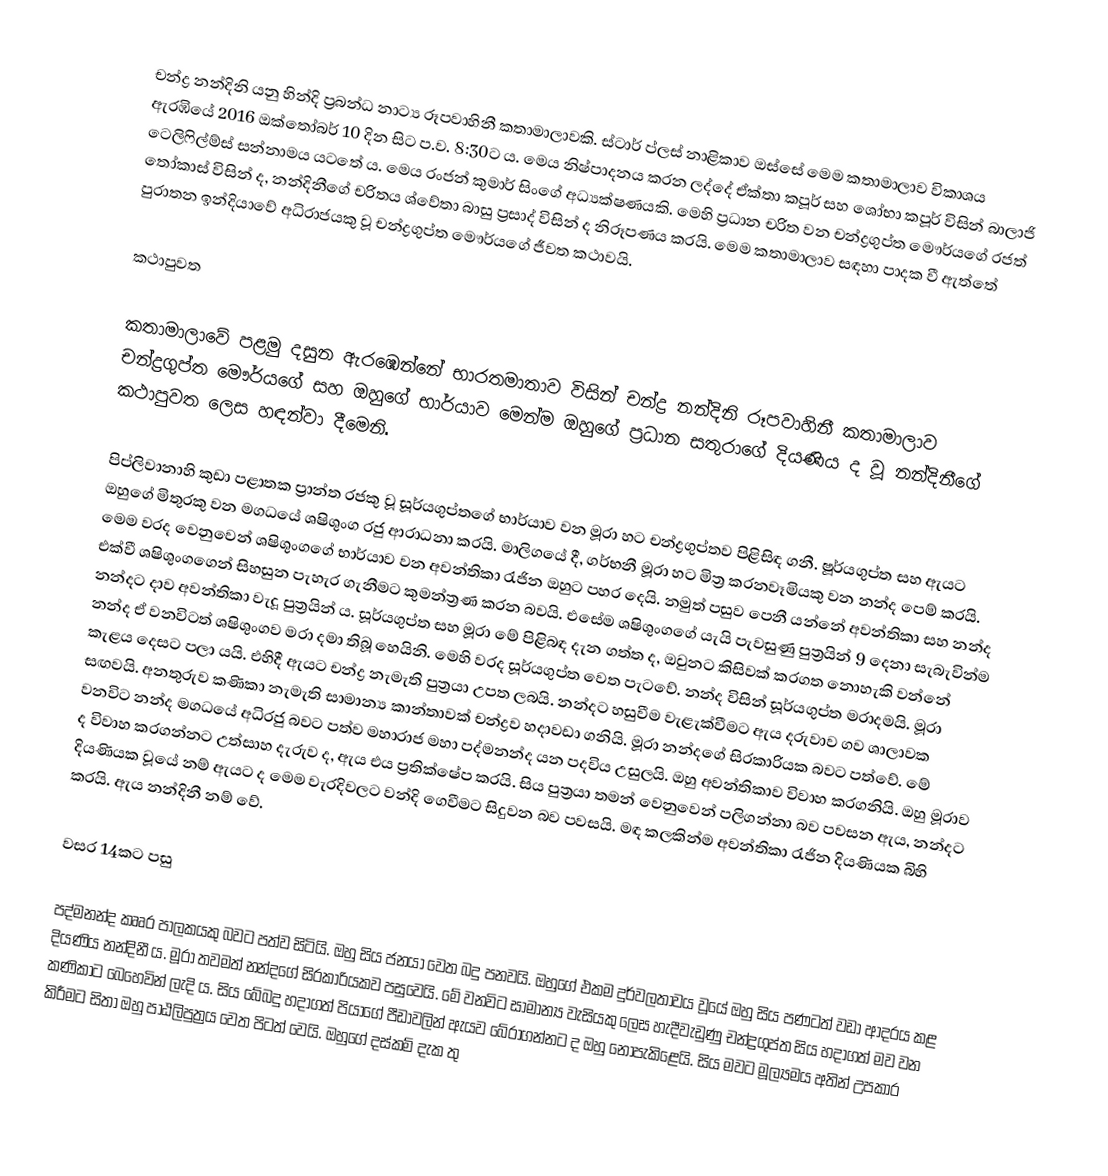
චන්ද්‍ර නන්දිනි යනු හින්දි ප්‍රබන්ධ නාට්‍ය රූපවාහිනී කතාමාලාවකි. ස්ටාර් ප්ලස් නාළිකාව ඔස්සේ මෙම කතාමාලාව විකාශය ඇරඹියේ 2016 ඔක්තෝබර් 10 දින සිට ප.ව. 8:30ට ය. මෙය නිෂ්පාදනය කරන ලද්දේ ඒක්තා කපූර් සහ ශෝභා කපූර් විසින් බාලාජි ටෙලිෆිල්ම්ස් සන්නාමය යටතේ ය. මෙය රංජන් කුමාර් සිංගේ අධ්‍යක්ෂණයකි. මෙහි ප්‍රධාන චරිත වන චන්ද්‍රගුප්ත මෞර්යගේ රජත් තෝකාස් විසින් ද, නන්දිනීගේ චරිතය ශ්වේතා බාසු ප්‍රසාද් විසින් ද නිරූපණය කරයි. මෙම කතාමාලාව සඳහා පාදක වී ඇත්තේ පුරාතන ඉන්දියාවේ අධිරාජයකු වූ චන්ද්‍රගුප්ත මෞර්යගේ ජීවත කථාවයි.

කථාපුවත

කතාමාලාවේ පළමු දසුන ඇරඹෙන්නේ භාරතමාතාව විසින් චන්ද්‍ර නන්දිනි රූපවාහිනී කතාමාලාව චන්ද්‍රගුප්ත මෞර්යගේ සහ ඔහුගේ භාර්යාව මෙන්ම ඔහුගේ ප්‍රධාන සතුරාගේ දියණිය ද වූ නන්දිනීගේ කථාපුවත ලෙස හඳන්වා දීමෙනි.

පිප්ලිවානාහි කුඩා පළාතක ප්‍රාන්ත රජකු වූ සූර්යගුප්තගේ භාර්යාව වන මූරා හට චන්ද්‍රගුප්තව පිළිසිඳ ගනී. ෂූර්යගුප්ත සහ ඇයට ඔහුගේ මිතුරකු වන මගධයේ ශෂිශුංග රජු ආරාධනා කරයි. මාලිගයේ දී, ගර්භනී මූරා හට මිත්‍ර කරනවෑමියකු වන නන්ද පෙම් කරයි. මෙම වරද වෙනුවෙන් ශෂිශුංගගේ භාර්යාව වන අවන්තිකා රැජින ඔහුට පහර දෙයි. නමුත් පසුව පෙනී යන්නේ අවන්තිකා සහ නන්ද එක්වී ශෂිශුංගගෙන් සිහසුන පැහැර ගැනීමට කුමන්ත්‍රණ කරන බවයි. එසේම ශෂිශුංගගේ යැයි පැවසුණු පුත්‍රයින් 9 දෙනා සැබැවින්ම නන්දට දාව අවන්තිකා වැදූ පුත්‍රයින් ය. සූර්යගුප්ත සහ මූරා මේ පිළිබඳ දැන ගත්ත ද, ඔවුනට කිසිවක් කරගත නොහැකි වන්නේ නන්ද ඒ වනවිටත් ශෂිශුංගව මරා දමා තිබූ හෙයිනි. මෙහි වරද සූර්යගුප්ත වෙත පැ‍ටවේ. නන්ද විසින් සූර්යගුප්ත මරාදමයි. මූරා කැළය දෙසට පලා යයි. එහිදී ඇයට චන්ද්‍ර නැමැති පුත්‍රයා උපත ලබයි. නන්දට හසුවීම වැළැක්වීමට ඇය දරුවාව ගව ශාලාවක සඟවයි. අනතුරුව කණිකා නැමැති සාමාන්‍ය කාන්තාවක් චන්ද්‍රව හදාවඩා ගනියි. මූරා නන්දගේ සිරකාරියක බවට පත්වේ. මේ වනවිට නන්ද මගධයේ අධිරජු බවට පත්ව මහාරාජ මහා පද්මනන්ද යන පදවිය උසුලයි. ඔහු අවන්තිකාව විවාහ කරගනියි. ඔහු මූරාව ද විවාහ කරගන්නට උත්සාහ දැරුව ද, ඇය එය ප්‍රතික්ෂේප කරයි. සිය පුත්‍රයා තමන් ‍වෙනුවෙන් පලිගන්නා බව පවසන ඇය, නන්දට දියණියක වූයේ නම් ඇයට ද මෙම වැරදිවලට වන්දි ගෙවීමට සිදුවන බව පවසයි. මඳ කලකින්ම අවන්තිකා රැජින දියණියක බිහි කරයි. ඇය නන්දිනී නම් වේ.

වසර 14කට පසු

පද්මනන්ද කෲර පාලකයකු බවට පත්ව සිටියි. ඔහු සිය ජනයා වෙත බදු පනවයි. ඔහුගේ එකම දුර්වලතාවය වූයේ ඔහු සිය පණටත් වඩා ආදරය කළ දියණිය නන්දිනී ය. මූරා තවමත් නන්දගේ සිරකාරියකව පසුවෙයි. මේ වනවිට සාමාන්‍ය වැසියකු ලෙස හැදීවැඩුණු චන්ද්‍රගුප්ත සිය හදාගත් මව වන කණිකාට බෙහෙවින් ලැදි ය‍. සිය බේබදු හදාගත් පියාගේ පීඩාවලින් ඇයව බේරාගන්නට ද ඔහු නොපැකිළෙයි. සිය මවට මූල්‍යමය අතින් උපකාර කිරීමට සිතා ඔහු පාඨලිපුත්‍රය වෙත පිටත් වෙයි. ඔහුගේ දස්කම් දැක තු